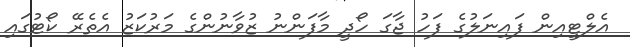
އެލްޓީއިން ފައިނަލުގެ ފަހު ޖާގަ ހޯދީ މާފަންނު ޒުވާނުންގެ މަރުކަޒު އެތެރޭ ކޯޓުގައި